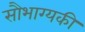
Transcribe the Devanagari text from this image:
सौभाग्यकी